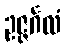
ဥဇ္ဇင်္ဂလံ